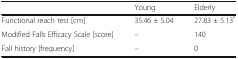
|  | Young | Elderly |
 | --- | --- | --- |
 | Functional reach test [cm] | 35.46 ± 5.04 | 27.83 ± 5.13* |
 | Modified Falls Efficacy Scale [score] | – | 140 |
 | Fall history [frequency] | – | 0 |